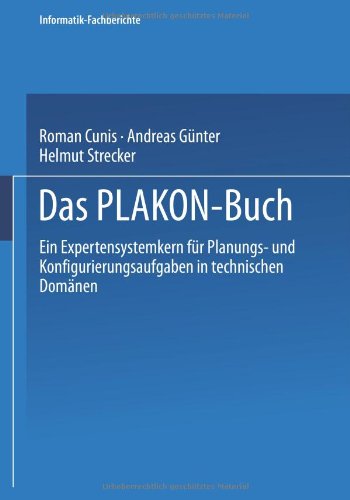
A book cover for Das PLAKON-Buch: Ein Expertensystemkern fÃ¼r Planungs- und Konfigurierungsaufgaben in technischen DomÃ¤nen (Informatik-Fachberichte) (German Edition); Computers & Technology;